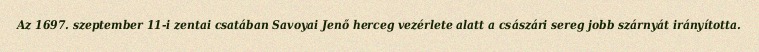
Az 1697. szeptember 11-i zentai csatában Savoyai Jenő herceg vezérlete alatt a császári sereg jobb szárnyát irányította.